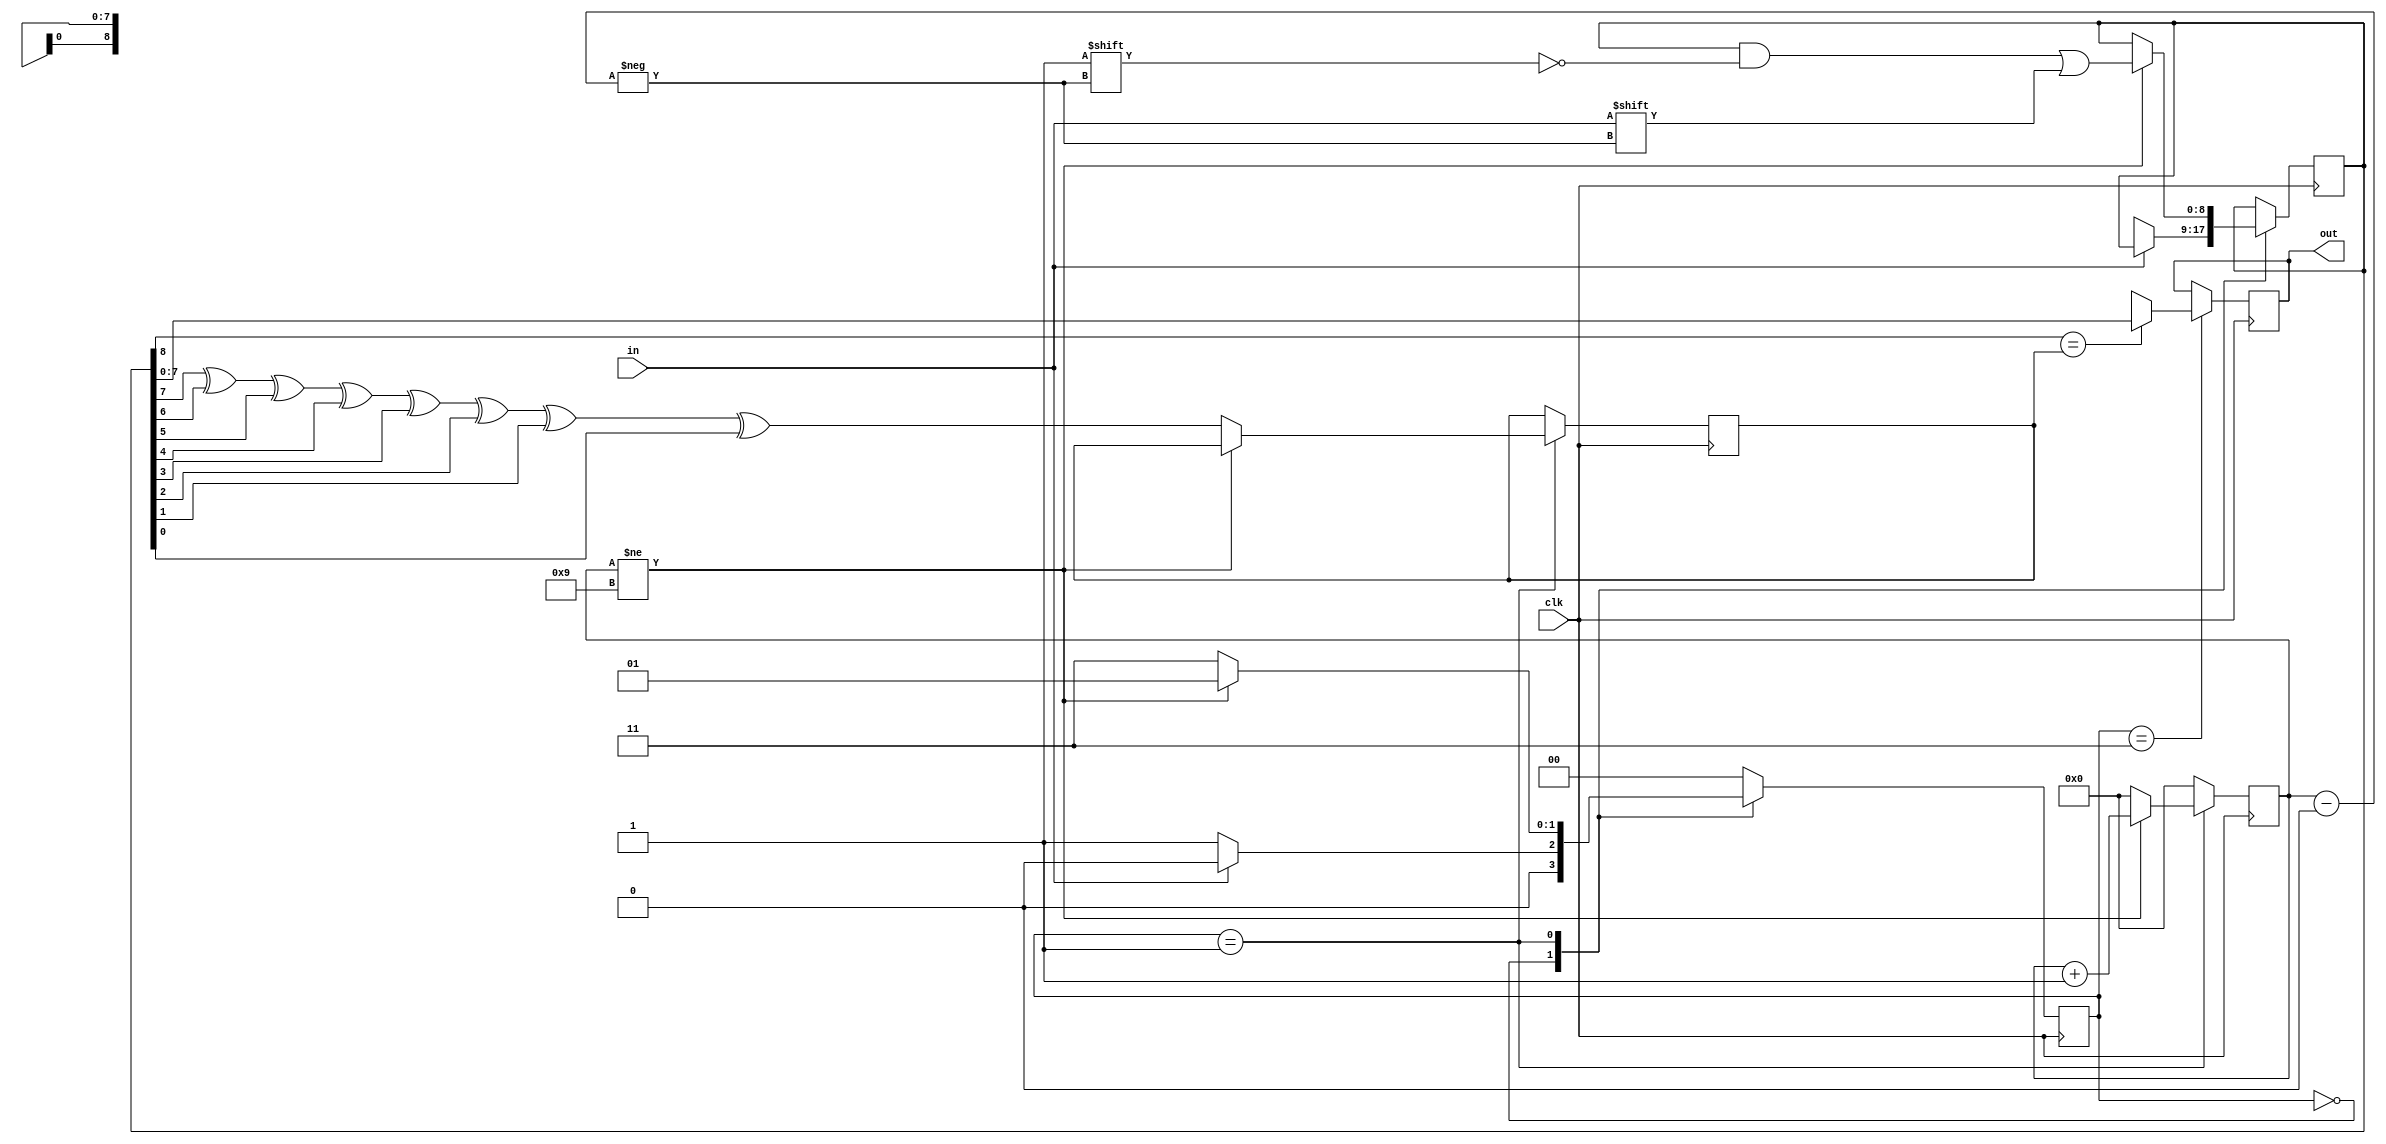
`timescale 1ns / 1ps
module receiver(
input in, clk, output reg [7:0] out
    );
reg [1:0] state;
reg [8:0] temp;
reg par ;
reg resend;
reg [3:0] count;
localparam IDLE = 2'b00,
           START = 2'b01,
           GENERATE = 2'b10,
           COMPARE = 2'b11;
          
always @(negedge clk)
begin
    count <= 0;
    state <= IDLE;
    case(state)
    IDLE: begin
        if(!in)begin
            state <= START;
            temp <= 9'bxxxxxxxxx;
        end
    end
    START: begin if (count != 4'b1001)
                            begin
                            count <= count + 1;
                            temp[count]<=in;
                            state <= START;
                            end
                 else begin
                        par <= temp[7]^temp[6]^temp[5]^temp[4]^temp[3]^temp[2]^temp[1]^temp[0];     
                        state <= COMPARE;  
                      end   
           end 
            
    COMPARE: begin 
                if(temp[8]==par) begin
                                     out <= temp;
                                     state <= IDLE;
                                 end
                else begin resend<= 1'b1;
                           out <= 8'bxxxxxxxx;
                           state <= IDLE;
                     end
             
             end
                   
    endcase
end
endmodule